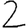
Digit: 2